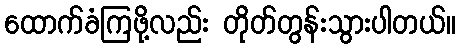
ထောက်ခံကြဖို့လည်း တိုတ်တွန်းသွားပါတယ်။